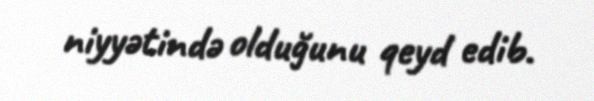
niyyətində olduğunu qeyd edib.